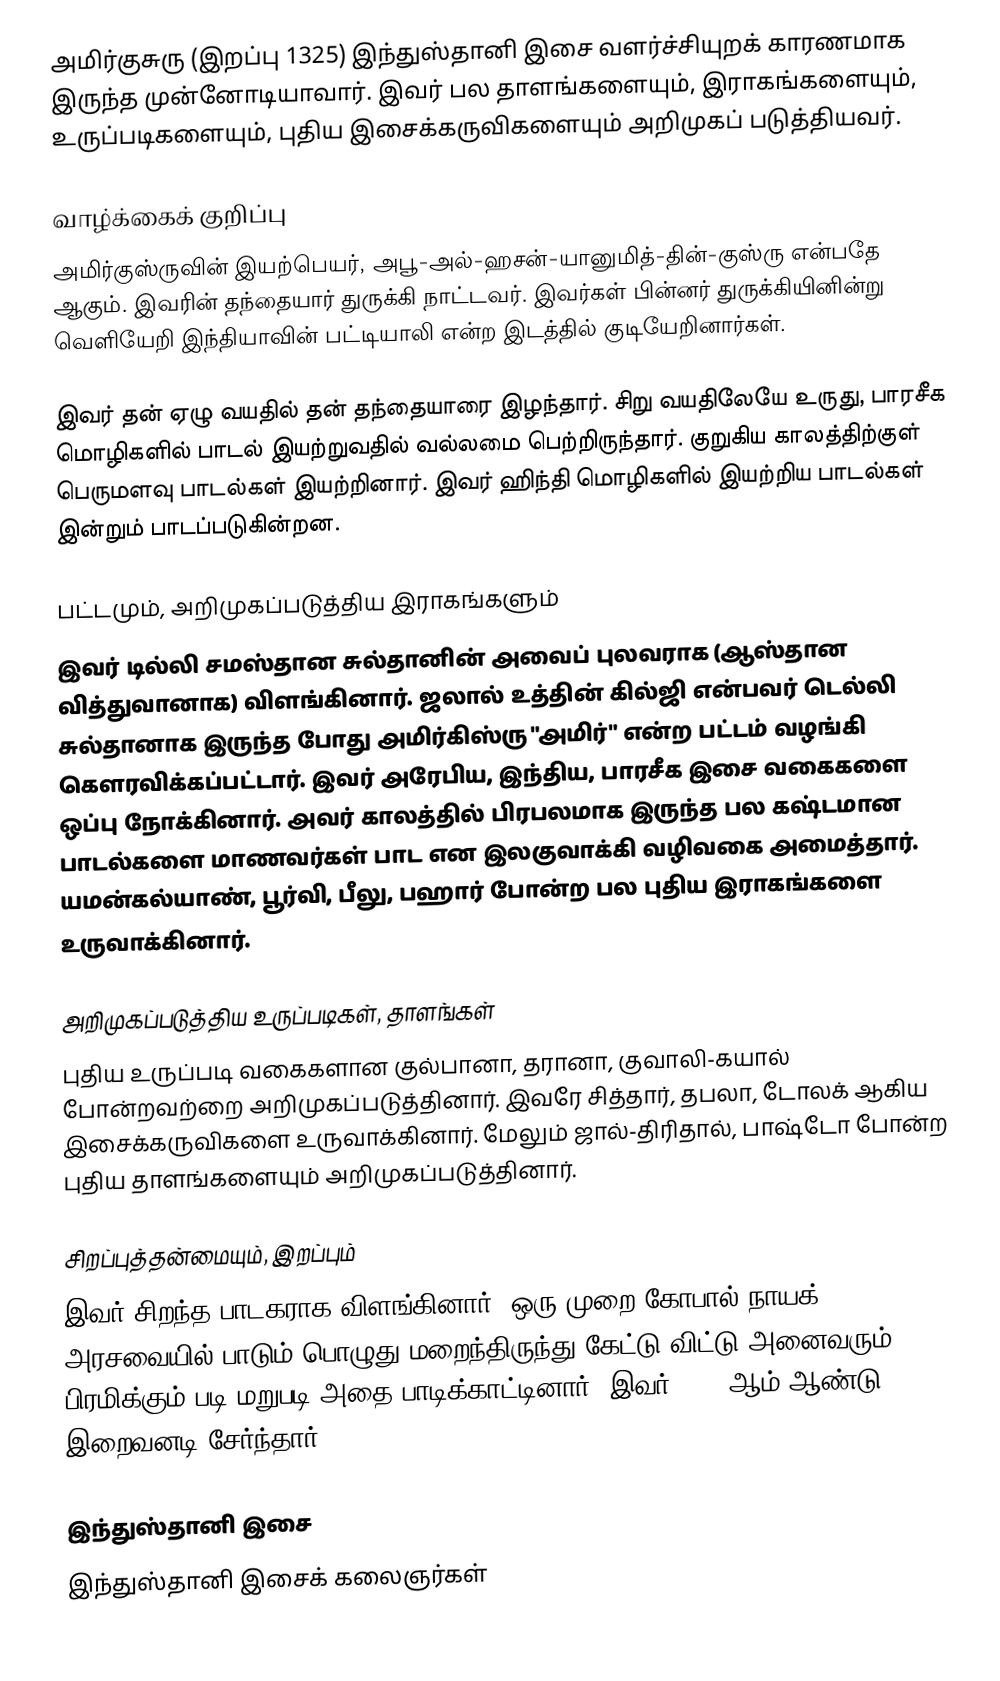
அமிர்குசுரு (இறப்பு 1325) இந்துஸ்தானி இசை வளர்ச்சியுறக் காரணமாக இருந்த முன்னோடியாவார். இவர் பல தாளங்களையும், இராகங்களையும், உருப்படிகளையும், புதிய இசைக்கருவிகளையும் அறிமுகப் படுத்தியவர்.

வாழ்க்கைக் குறிப்பு
அமிர்குஸ்ருவின் இயற்பெயர், அபூ-அல்-ஹசன்-யானுமித்-தின்-குஸ்ரு என்பதே ஆகும். இவரின் தந்தையார் துருக்கி நாட்டவர். இவர்கள் பின்னர் துருக்கியினின்று வெளியேறி இந்தியாவின் பட்டியாலி என்ற இடத்தில் குடியேறினார்கள்.

இவர் தன் ஏழு வயதில் தன் தந்தையாரை இழந்தார். சிறு வயதிலேயே உருது, பாரசீக மொழிகளில் பாடல் இயற்றுவதில் வல்லமை பெற்றிருந்தார். குறுகிய காலத்திற்குள் பெருமளவு பாடல்கள் இயற்றினார். இவர் ஹிந்தி மொழிகளில் இயற்றிய பாடல்கள் இன்றும் பாடப்படுகின்றன.

பட்டமும், அறிமுகப்படுத்திய இராகங்களும்
இவர் டில்லி சமஸ்தான சுல்தானின் அவைப் புலவராக (ஆஸ்தான வித்துவானாக) விளங்கினார். ஜலால் உத்தின் கில்ஜி என்பவர் டெல்லி சுல்தானாக இருந்த போது அமிர்கிஸ்ரு "அமிர்" என்ற பட்டம் வழங்கி கௌரவிக்கப்பட்டார். இவர் அரேபிய, இந்திய, பாரசீக இசை வகைகளை ஒப்பு நோக்கினார். அவர் காலத்தில் பிரபலமாக இருந்த பல கஷ்டமான பாடல்களை மாணவர்கள் பாட என இலகுவாக்கி வழிவகை அமைத்தார். யமன்கல்யாண், பூர்வி, பீலு, பஹார் போன்ற பல புதிய இராகங்களை உருவாக்கினார்.

அறிமுகப்படுத்திய உருப்படிகள், தாளங்கள்
புதிய உருப்படி வகைகளான குல்பானா, தரானா, குவாலி-கயால் போன்றவற்றை அறிமுகப்படுத்தினார். இவரே சித்தார், தபலா, டோலக் ஆகிய இசைக்கருவிகளை உருவாக்கினார். மேலும் ஜால்-திரிதால், பாஷ்டோ போன்ற புதிய தாளங்களையும் அறிமுகப்படுத்தினார்.

சிறப்புத்தன்மையும், இறப்பும்
இவர் சிறந்த பாடகராக விளங்கினார். ஒரு முறை கோபால் நாயக் அரசவையில் பாடும் பொழுது மறைந்திருந்து கேட்டு விட்டு அனைவரும் பிரமிக்கும் படி மறுபடி அதை பாடிக்காட்டினார். இவர் 1325 ஆம் ஆண்டு இறைவனடி சேர்ந்தார்.

இந்துஸ்தானி இசை
இந்துஸ்தானி இசைக் கலைஞர்கள்